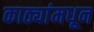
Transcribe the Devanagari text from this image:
काठ्यांमधून